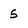
Character: 5